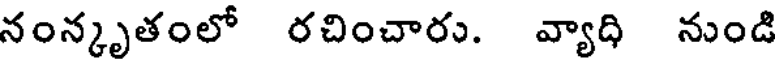
నంన్కృతంలో రచించారు. వ్యాది నుండి